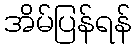
အိမ်ပြန်ရန်